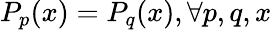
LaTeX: P_{p}(x)=P_{q}(x),\forall p,q,x